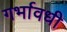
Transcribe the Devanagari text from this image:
गर्भावधी